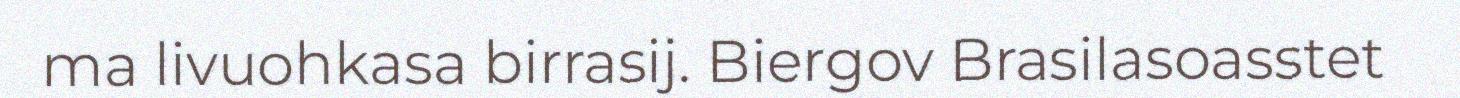
ma livuohkasa birrasij. Biergov Brasilasoasstet